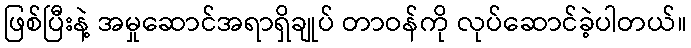
ဖြစ်ပြီးနဲ့ အမှုဆောင်အရာရှိချုပ် တာဝန်ကို လုပ်ဆောင်ခဲ့ပါတယ်။